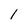
Character: 1